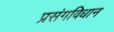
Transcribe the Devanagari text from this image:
प्रसंगविधान